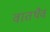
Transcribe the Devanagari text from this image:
वातथैव